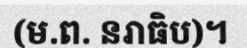
(ម.ព. នរាធិប)។